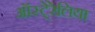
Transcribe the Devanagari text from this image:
ऑस्टे्रेलिया